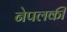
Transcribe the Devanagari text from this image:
नेपलकी